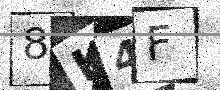
Text: 8K4F